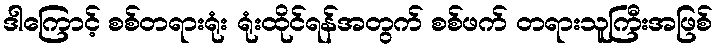
ဒါကြောင့် စစ်တရားရုံး ရုံးထိုင်ရန်အတွက် စစ်ဖက် တရားသူကြီးအဖြစ်